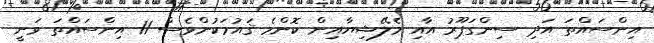
އިންސައްތަ އަދި ސިންގަޕޫރު އާއި މެލޭޝިޔާއިން ކޮންމެ ޤައުމަކުންވެސް 11 އިންސައްތަ ވަނީ